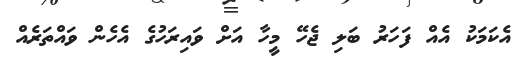
އެކަމަކު އެއް ފަހަރު ބަލި ޖެހޭ މީހާ އަށް ވައިރަހުގެ އެހެން ވައްތަރެއް